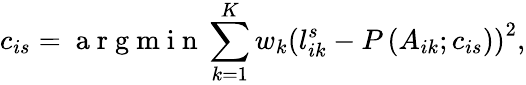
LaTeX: c_{is}=\mathrm{~a~r~g~m~i~n~}\sum_{k=1}^{K}w_{k}{\left(l_{ik}^{s}-P\left(A_{ik};c_{is}\right)\right)}^{2},